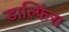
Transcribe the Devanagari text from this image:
डाल्फिंस